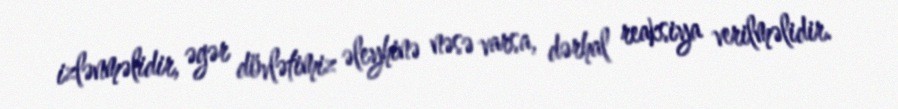
izlənməlidir, əgər dövlətimiz əleyhinə nəsə varsa, dərhal reaksiya verilməlidir.